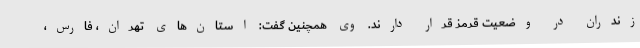
زندران در وضعیت قرمز قرار دارند. وی همچنین گفت: استان‌های تهران، فارس،